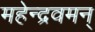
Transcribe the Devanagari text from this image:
महेन्द्रवमन्